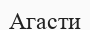
Агасти